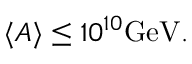
\langle A \rangle \leq 1 0 ^ { 1 0 } \mathrm { G e V } .